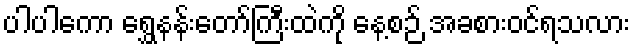
ပါပါကော ရွှေနန်းတော်ကြီးထဲကို နေ့စဉ် အခစားဝင်ရသလား